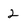
Character: 2